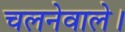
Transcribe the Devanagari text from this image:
चलनेवाले।